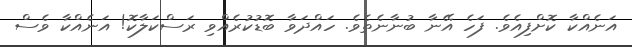
އަނެއްކާ ކޮށްފިއެވެ. ފަހެ އޭނާ ބުނާނެތެވެ. ހައްދަވާ ބޮޑުކުރެއްވި ރަސްކަލާކޮ! އަނެއްކާ ވެސް